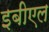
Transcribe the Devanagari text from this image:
इबीएल